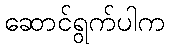
ဆောင်ရွက်ပါက